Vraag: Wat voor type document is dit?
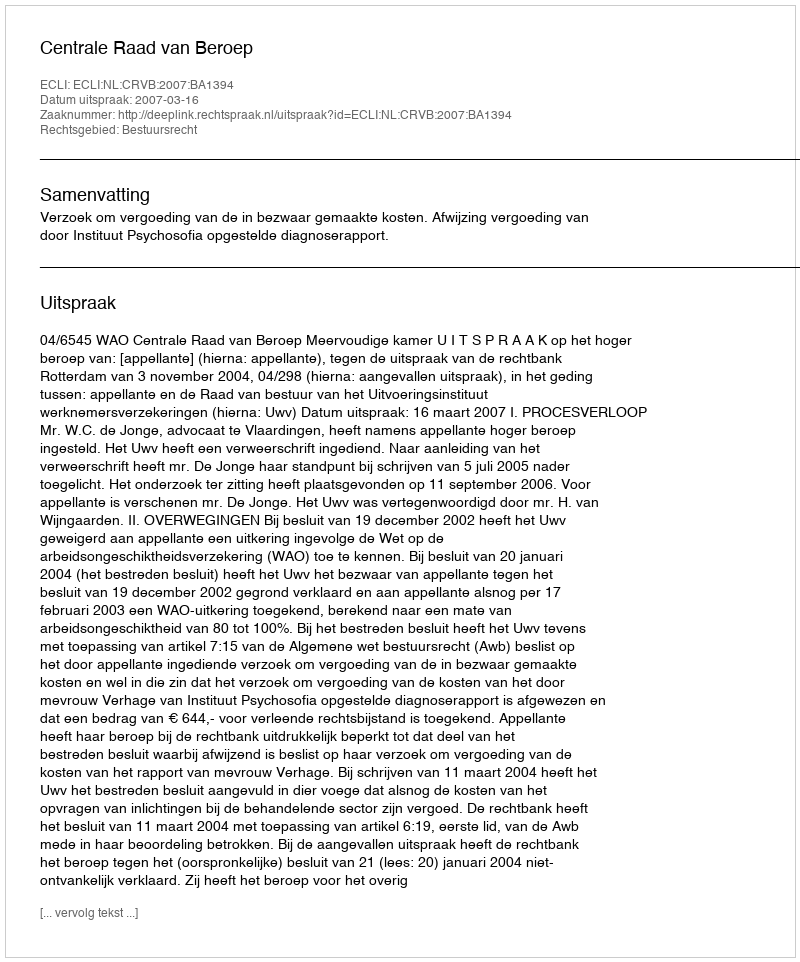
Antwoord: Uitspraak